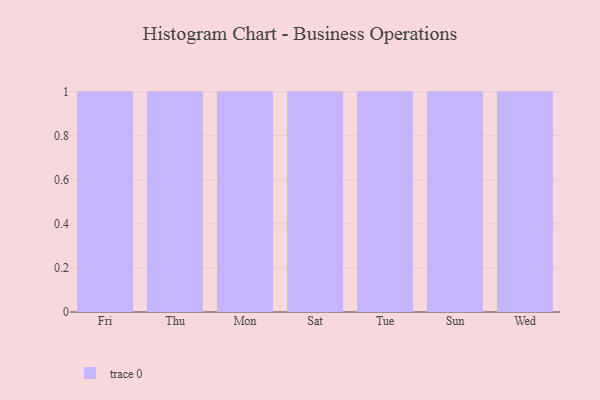
{"axis": {"x": "Day", "y": "Inventory Turnover"}, "legend": [""], "data": [{"x": "Fri", "y": 73, "type": ""}, {"x": "Thu", "y": 4, "type": ""}, {"x": "Mon", "y": 48, "type": ""}, {"x": "Sat", "y": 51, "type": ""}, {"x": "Tue", "y": 69, "type": ""}, {"x": "Sun", "y": 68, "type": ""}, {"x": "Wed", "y": 57, "type": ""}]}